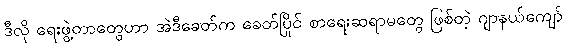
ဒီလို ရေးဖွဲ့တာတွေဟာ အဲဒီခေတ်က ခေတ်ပြိုင် စာရေးဆရာမတွေ ဖြစ်တဲ့ ဂျာနယ်ကျော်